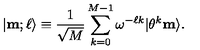
| { \bf m } ; \ell \rangle \equiv { \frac { 1 } { \sqrt { M } } } \sum _ { k = 0 } ^ { M - 1 } \omega ^ { - \ell k } | \theta ^ { k } { \bf m } \rangle .